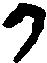
か